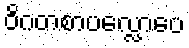
ဝိဂတစာပလ္လောပေ